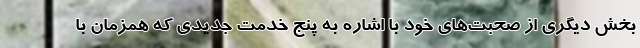
بخش دیگری از صحبت‌های خود با اشاره به پنج خدمت جدیدی که همزمان با